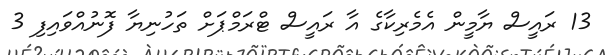
13 ރައީސް ޔާމީން އެމެރިކާގެ އާ ރައީސް ޓްރަމްޕަށް ތަހުނިޔާ ފޮނުއްވައިފި 3